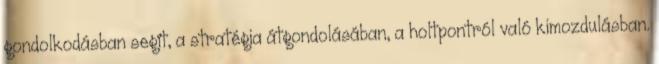
gondolkodásban segít, a stratégia átgondolásában, a holtpontról való kimozdulásban.